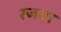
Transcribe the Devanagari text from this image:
रजया